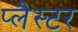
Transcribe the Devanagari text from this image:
प्लैस्टर